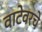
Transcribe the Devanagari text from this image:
वाटेवरचे